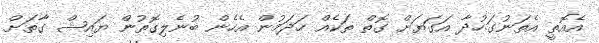
އެއޮތީ އެތަނުގަ.ހުދާ އަގަޔަށް ގޮތް ތަކެއް ހަދަމުން އެހެން ބުނެލިގޮތުން ޔައިޝް ގާތަށް